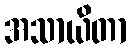
အသာယိတာ